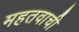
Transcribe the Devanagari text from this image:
महतवाची